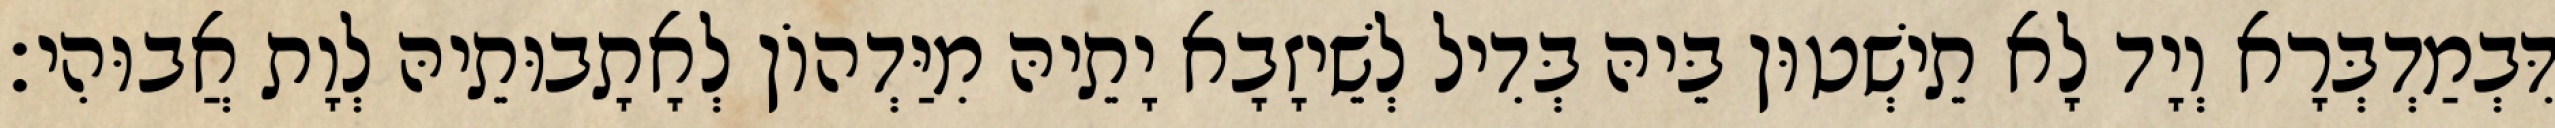
דִּבְמַדְבְּרָא וְיָד לָא תֵישְׁטוּן בֵּיהּ בְּדִיל לְשֵׁיזָבָא יָתֵיהּ מִיַּדְהוֹן לְאָתָבוּתֵיהּ לְוָת אֲבוּהִי׃